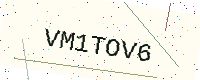
Text: VM1TOV6